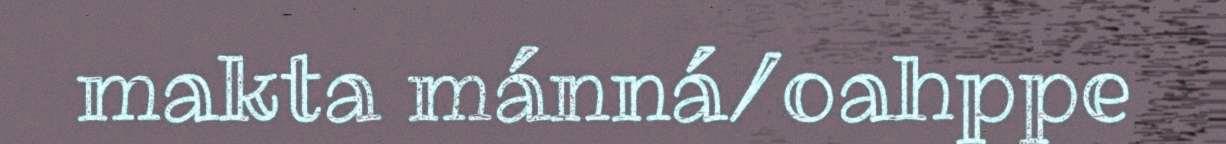
makta mánná/oahppe